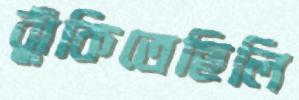
ঝুঁকিতেছিলি